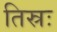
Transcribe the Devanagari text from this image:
तिस्रः